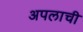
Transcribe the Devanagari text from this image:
अपलाची